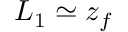
L _ { 1 } \simeq z _ { f }